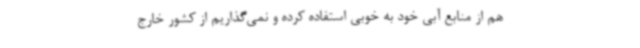
هم از منابع آبی خود به خوبی استفاده کرده و نمی‌گذاریم از کشور خارج